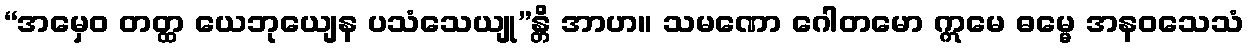
“အမှေဝ တတ္ထ ယေဘုယျေန ပသံသေယျု”န္တိ အာဟ။ သမဏော ဂေါတမော ဣမေ ဓမ္မေ အနဝသေသံ